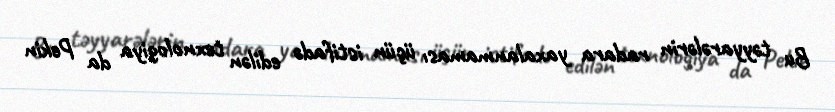
Bu təyyarələrin radara yaxalanmaması üçün istifadə edilən texnologiya da Pekin